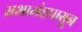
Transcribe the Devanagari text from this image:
सभामंडपासून